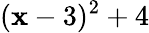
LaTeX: (\mathbf{x}-3)^{2}+4